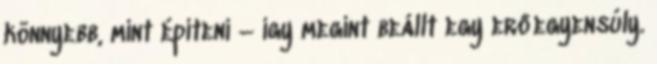
könnyebb, mint építeni – így megint beállt egy erőegyensúly.